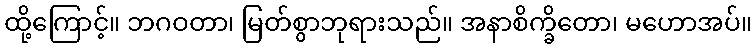
ထို့ကြောင့်။ ဘဂဝတာ၊ မြတ်စွာဘုရားသည်။ အနာစိက္ခိတော၊ မဟောအပ်။